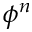
\phi ^ { n }